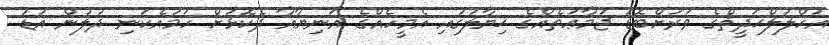
އަހްލުލްޙަދީޘްގެ ވަރަށްބޮޑު ޖަމާޢަތެއްގެ ޚިޔާލުގައި އެމީހެއްގެ އަނިޔާއާ ދެކޮޅަށް ހަމައެކަނި ދުލުން އަޑު